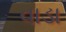
વાડા